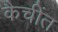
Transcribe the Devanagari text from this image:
कैचींत